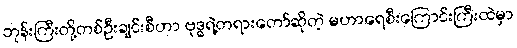
ဘုန်းကြီးတို့တစ်ဦးချင်းစီဟာ ဗုဒ္ဓရဲ့တရားတော်ဆိုတဲ့ မဟာရေစီးကြောင်းကြီးထဲမှာ